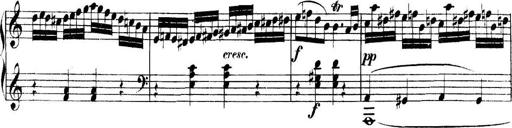
Title: Collected Piano Sonatas
Composer: Muzio Clementi